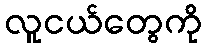
လူငယ်တွေကို